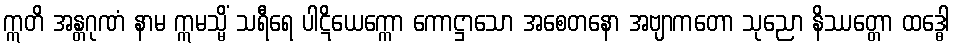
ဣတိ အန္တဂုဏံ နာမ ဣမသ္မိံ သရီရေ ပါဋိယေက္ကော ကောဋ္ဌာသော အစေတနော အဗျာကတော သုညော နိဿတ္တော ထဒ္ဓေါ